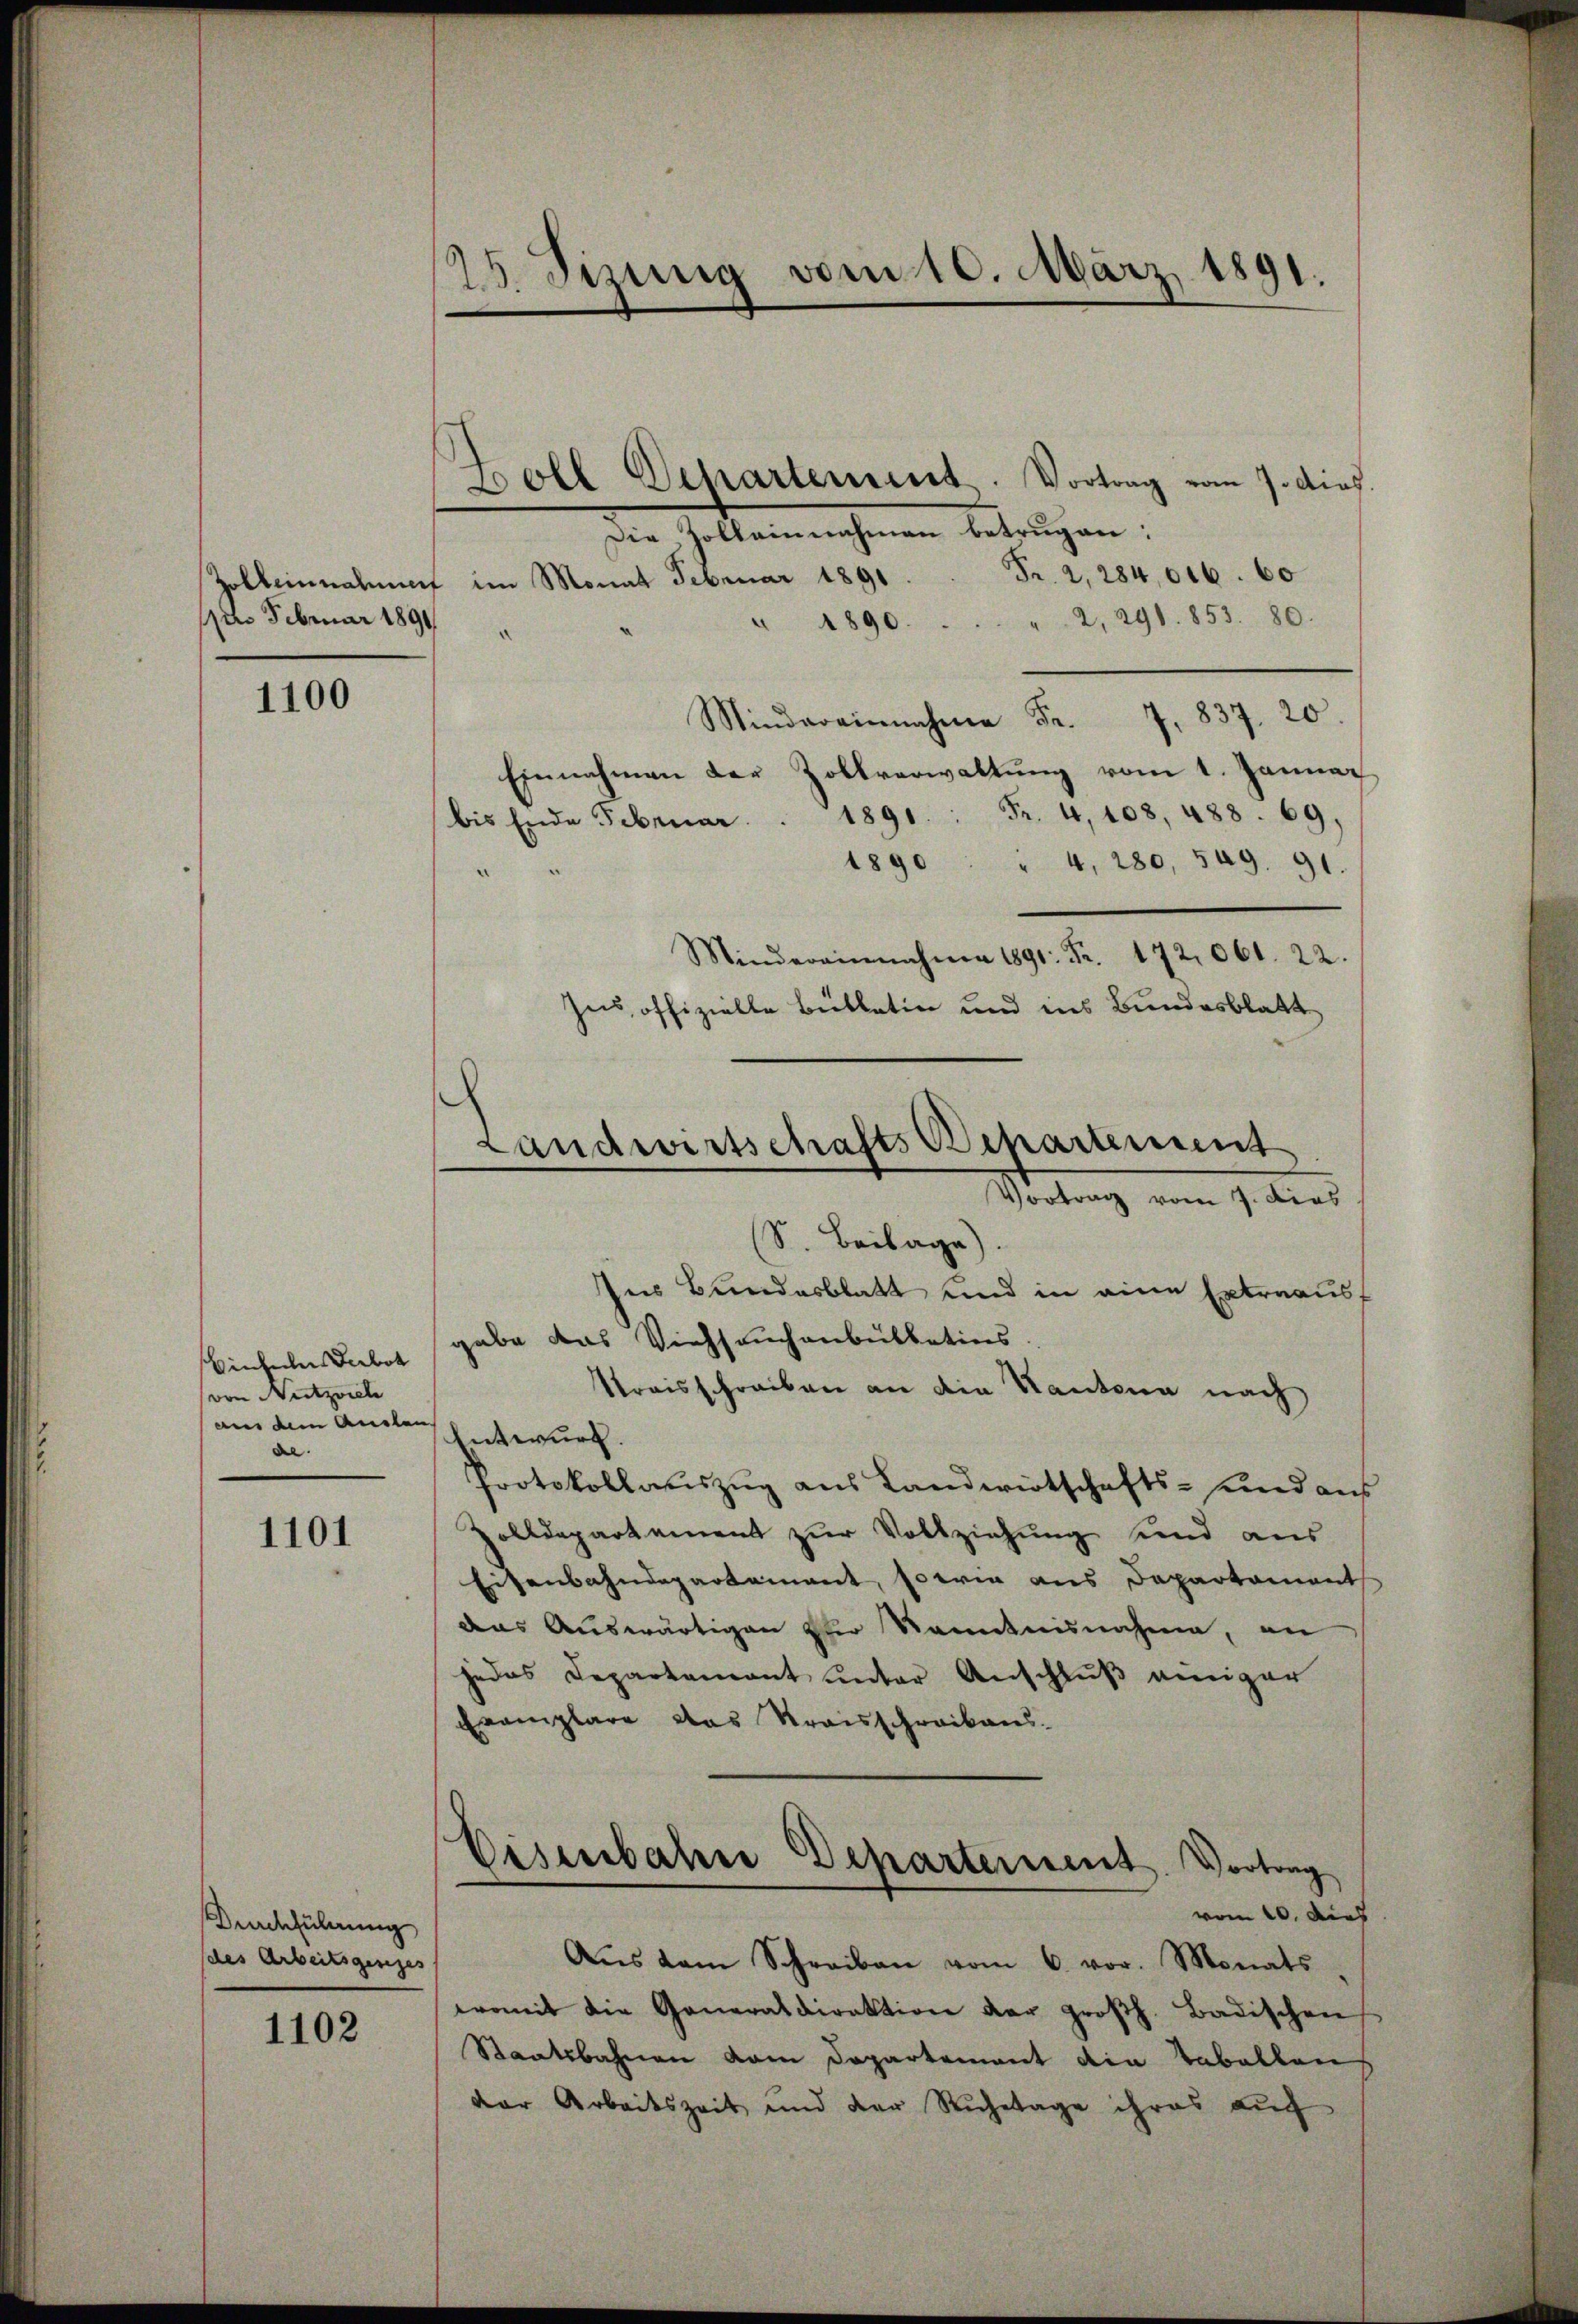
1. Februar 1891

1100

Einhellers Gebot
von Nutznieli
aus dem Auslan
de.

1101

Durchführung
des Arbeitsgesezes

1102

125. Sizung vom 10. März 1891.

)
Landwirtschafts Departement
Vortrag vom 7. dies

Boll Departement. Vortrag vom 7. dies.
Die Zolleinnahmen betrügen:
Pr. 2, 284,046. 60
Zolleinnahmen im Monat Februar 1891
" 1890. . . . . 2, 291. 853. 80.
.8
Einnahmen der Zollverwaltŭng vom 1. Januar
bis Ende Februar Fr. 4. 108. 488. 69.
1890 " 4, 280, 549. 91.
Mindereinnahme 1891: Fr. 172. 061. 22.
jus, offizielle Bülletin und ins Bundesblatt
(S. Beilage).
Ins Bundesblatt und in eine Extraaus,
gabe das Viehseuchenbillatins
Streisschreiben an die Kantona nach
Entwurf.
Protokollauszug aus Landwirtschafts- und aus
Zolldepartement zur Vollziehung sind aus
Eisenbahndepartement, sowie aus Departement
das Auswärtigen zur Kenntnisnahme, an
jedes Departamant unter Anschluß weniger
Exemplare das Kraisschreibens-
Eisenbahne Departement. Vortrag
vom 10. dies
Aŭs dem Schreiben vom 6. vor. Monats
womit die Generaldirektion der großh. Badischen
Staatsbahnen vom Departement die Tabellen
der Arbeitszeit und der Ruhetage ihres aŭf